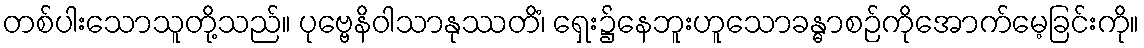
တစ်ပါးသောသူတို့သည်။ ပုဗ္ဗေနိဝါသာနုဿတိံ၊ ရှေး၌နေဘူးဟူသောခန္ဓာစဉ်ကိုအောက်မေ့ခြင်းကို။